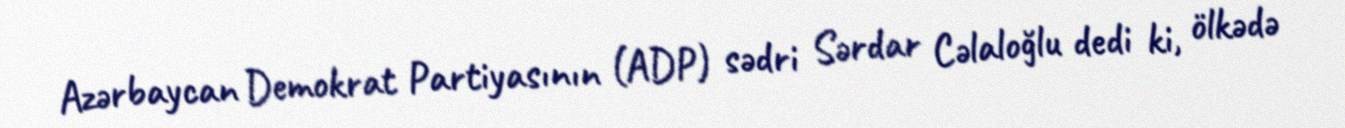
Azərbaycan Demokrat Partiyasının (ADP) sədri Sərdar Cəlaloğlu dedi ki, ölkədə